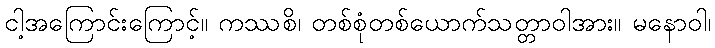
ငါ့အကြောင်းကြောင့်။ ကဿစိ၊ တစ်စုံတစ်ယောက်သတ္တာဝါအား။ မနောဝါ၊